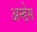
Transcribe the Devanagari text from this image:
अन्डेस